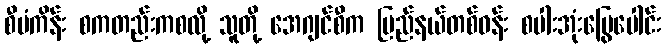
စီမံကိန်း စကတည်းကစလို့ သူတို့ အေဂျင်စီက ပြည်နယ်တစ်ဝန်း စပါးအုံးမြွေပေါင်း